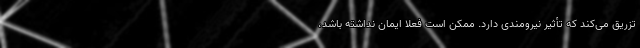
تزریق می‌کند که تأثیر نیرومندی دارد. ممکن است فعلاً ایمان نداشته باشد،